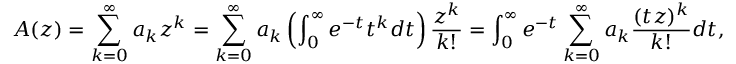
A ( z ) = \sum _ { k = 0 } ^ { \infty } a _ { k } z ^ { k } = \sum _ { k = 0 } ^ { \infty } a _ { k } \left( \int _ { 0 } ^ { \infty } e ^ { - t } t ^ { k } d t \right) { \frac { z ^ { k } } { k ! } } = \int _ { 0 } ^ { \infty } e ^ { - t } \sum _ { k = 0 } ^ { \infty } a _ { k } { \frac { ( t z ) ^ { k } } { k ! } } d t ,